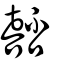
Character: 嚭